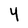
Character: Y